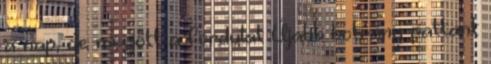
a nap, de megjött a fordulat Újabb botrány pattant